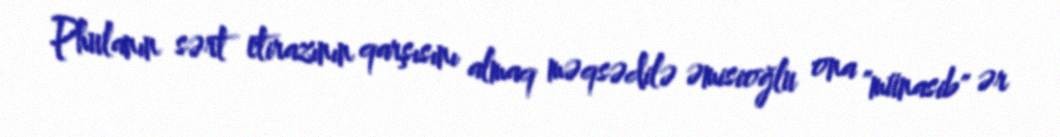
Phulanın sərt etirazının qarşısını almaq məqsədilə əmisioğlu ona "münasib" ər